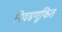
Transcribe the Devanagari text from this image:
निवडणूकित